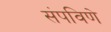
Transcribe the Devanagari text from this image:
संपविणे